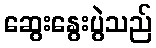
ဆွေးနွေးပွဲသည်